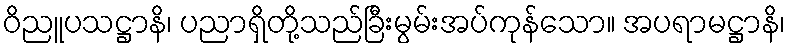
ဝိညူပသဋ္ဌာနိ၊ ပညာရှိတို့သည်ခြီးမွမ်းအပ်ကုန်သော။ အပရာမဋ္ဌာနိ၊